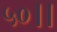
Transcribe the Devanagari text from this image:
५०।।